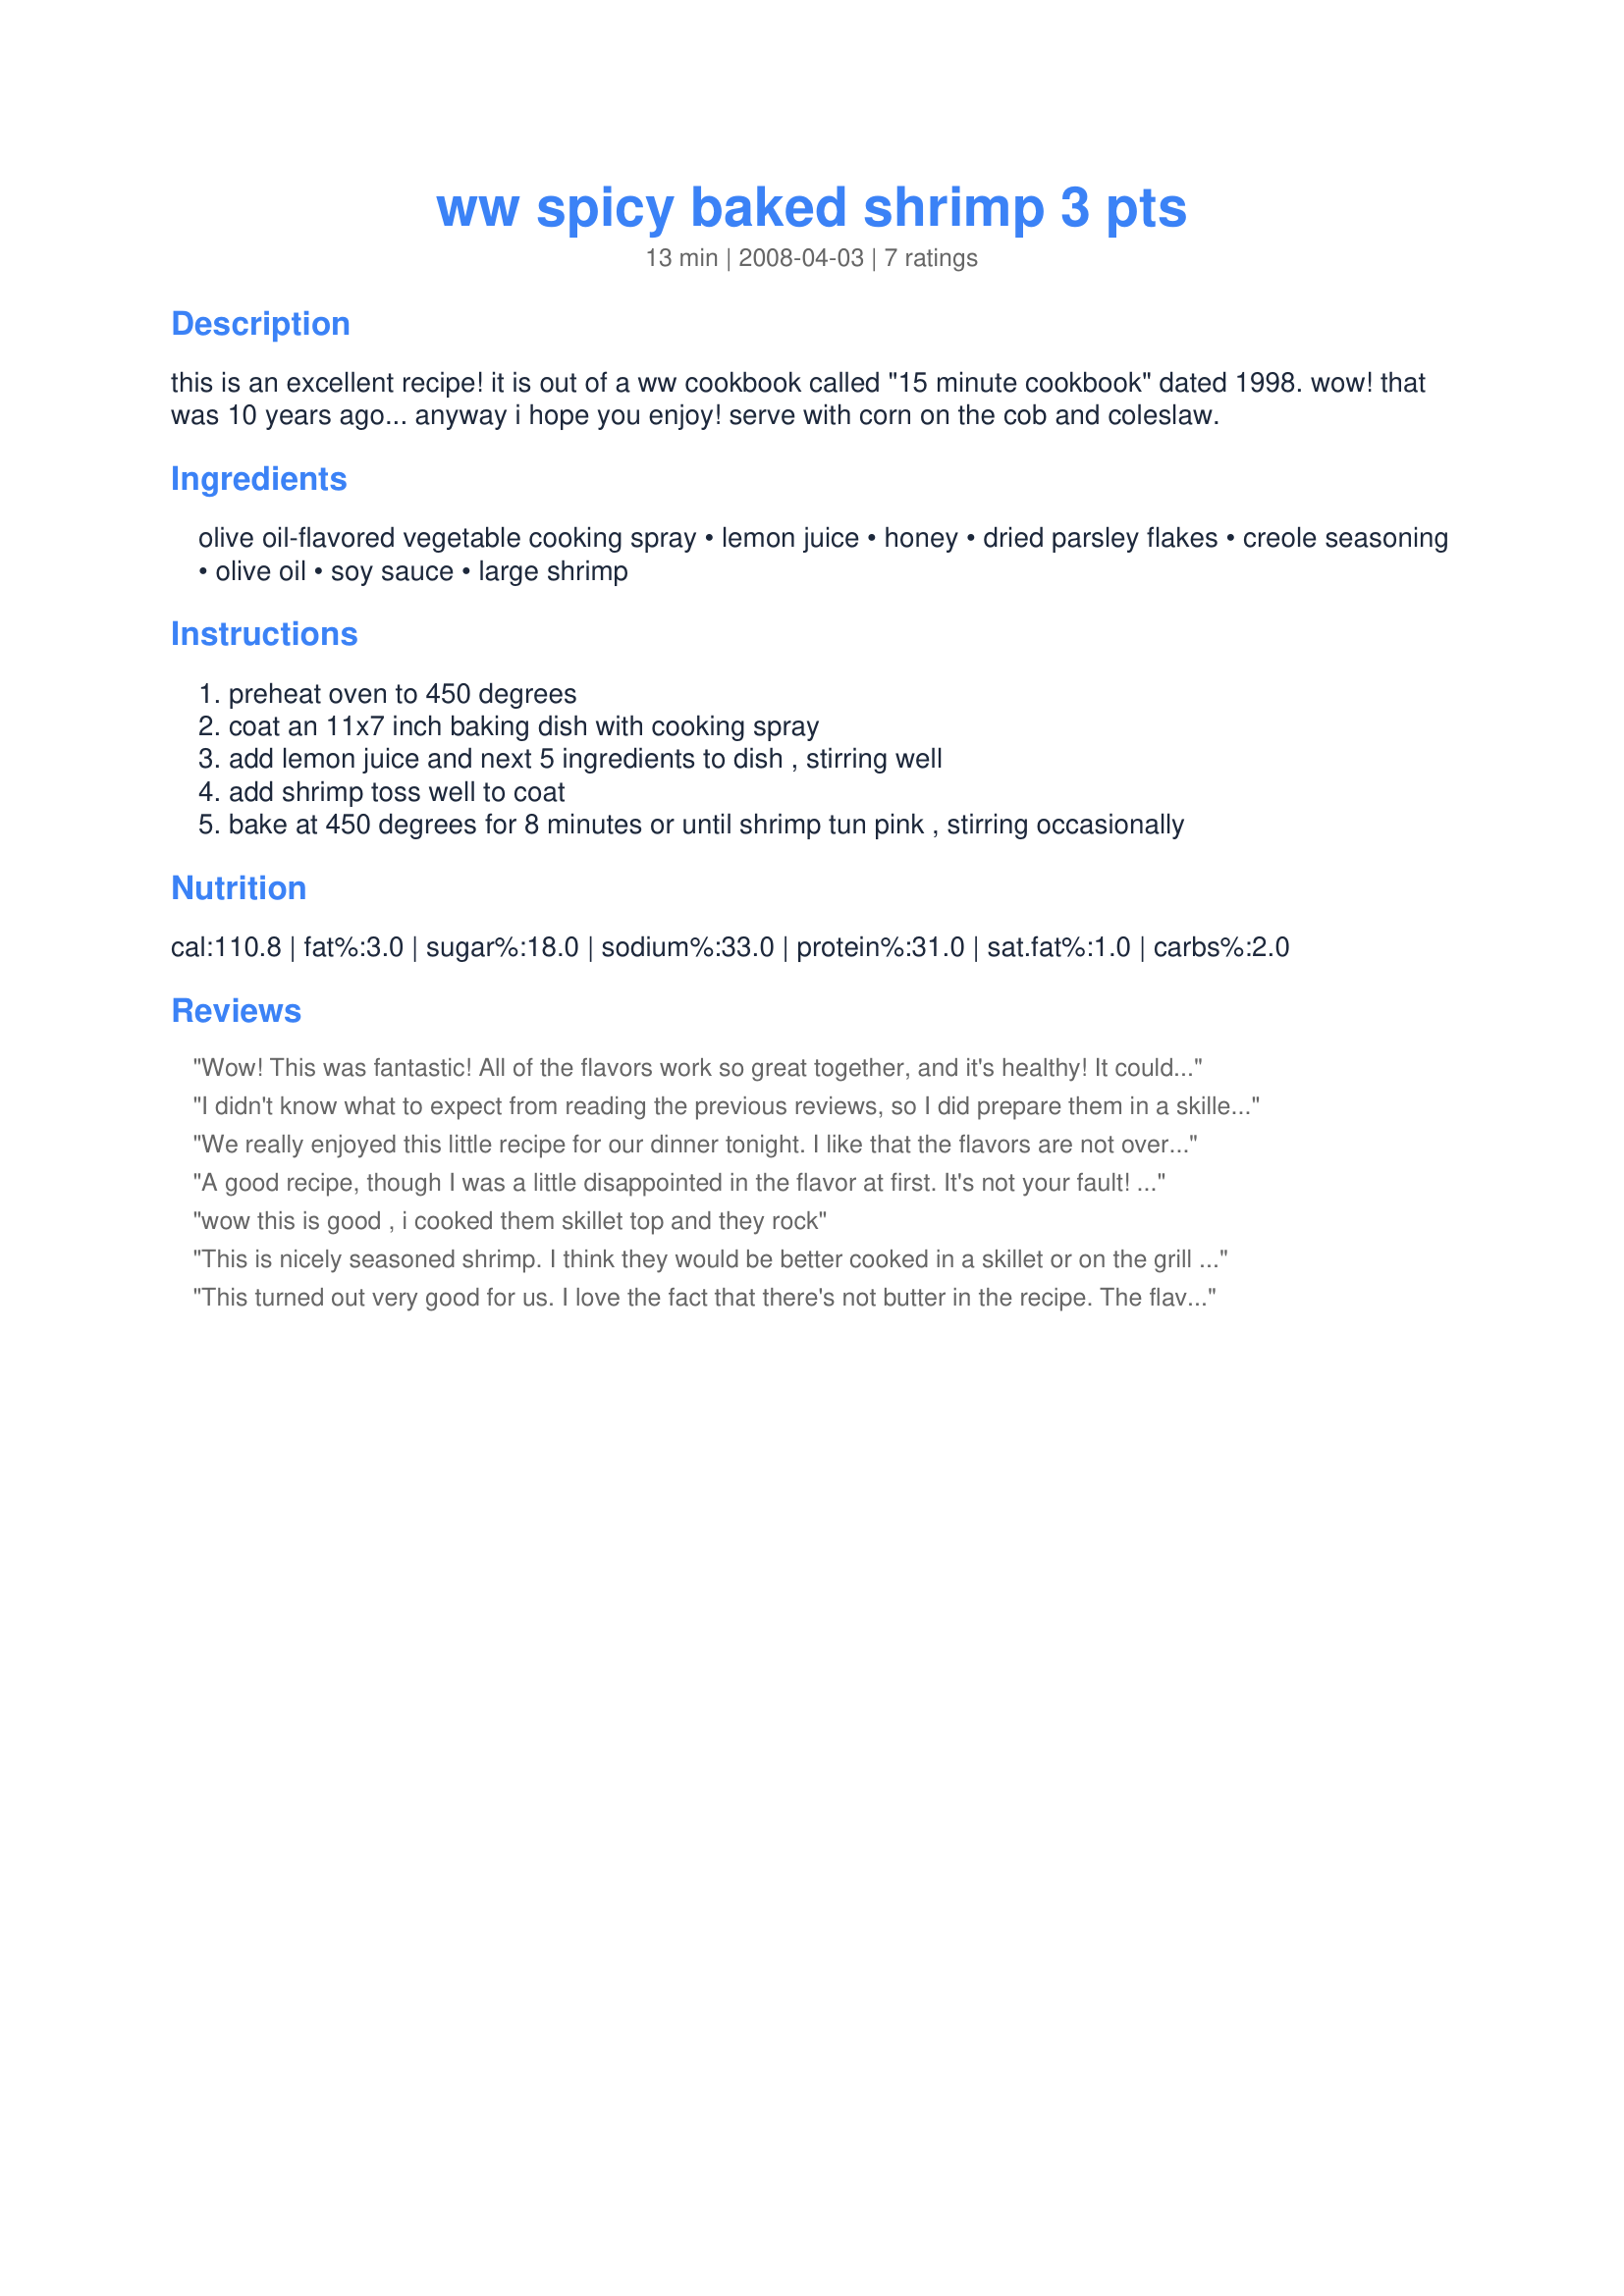
ww spicy baked shrimp 3 pts
Preparation time: 13 minutes

this is an excellent recipe! it is out of a ww cookbook called "15 minute cookbook" dated 1998. wow! that was 10 years ago... anyway i hope you enjoy! serve with corn on the cob and coleslaw.

Ingredients:
olive oil-flavored vegetable cooking spray, lemon juice, honey, dried parsley flakes, creole seasoning, olive oil, soy sauce, large shrimp

Steps:
preheat oven to 450 degrees
coat an 11x7 inch baking dish with cooking spray
add lemon juice and next 5 ingredients to dish , stirring well
add shrimp toss well to coat
bake at 450 degrees for 8 minutes or until shrimp tun pink , stirring occasionally

Reviews:
Wow! This was fantastic! All of the flavors work so great together, and it's healthy! It couldn't have been any easier to prepare either. This is definitely going into my keeper file. Thanks so much for sharing this great recipe! Made for 1-2-3 Hit Wonders Tag.
I didn't know what to expect from reading the previous reviews, so I did prepare them in a skillet. I thought there was enough flavor, as well. I seem to enjoy garlic with my shrimp, though, and was missing that flavor. Will probably add some next time. Made for Potluck Tag Game.
We really enjoyed this little recipe for our dinner tonight. I like that the flavors are not overwhelming in this dish. Very quick and easy to make. Thanks TeresaS for the great recipe. Made for Potluck Tag, Dec 2008
A good recipe, though I was a little disappointed in the flavor at first. It's not your fault! After tasting one when finished, I decided to drain the remaining sauce into a skillet and simmer it up to thicken it a bit. I added some red pepper flakes, minced garlic, and another tablespoon of honey, to make it glaze better. I poured that over the cooked shrimp, and all was well.
I think next time I will just cook these up in a skillet and save all the energy used to fire the oven to 450. I think they will glaze up better in a skillet, too. 
Thanks for an inspirational recipe!
wow this is good , i cooked them skillet top and they rock
This is nicely seasoned shrimp. I think they would be better cooked in a skillet or on the grill as I felt they got a bit tough. Certainly easy and quick.
This turned out very good for us. I love the fact that there's not butter in the recipe. The flavor wasn't overwhelming but still delicious. YUM!
